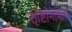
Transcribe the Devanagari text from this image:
सृष्टिनिर्मिती